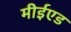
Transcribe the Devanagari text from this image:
मीईएड